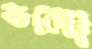
ফলো